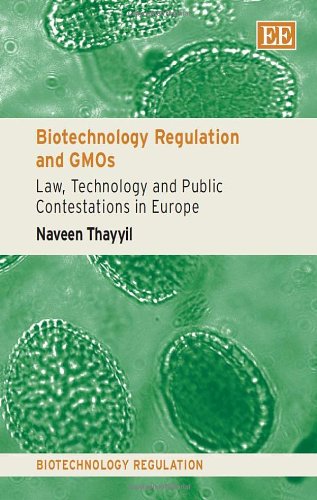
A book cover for Biotechnology Regulation and GMOs: Law, Technology and Public Contestations in Europe (Biotechnology Regulation series); Naveen Thayyil; Business & Money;